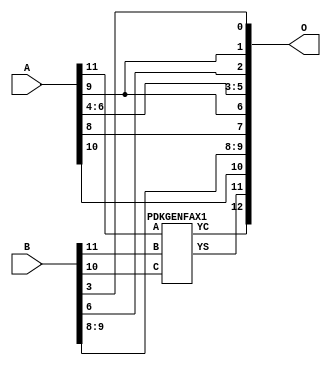
/***
* This code is a part of EvoApproxLib library (ehw.fit.vutbr.cz/approxlib) distributed under The MIT License.
* When used, please cite the following article(s): V. Mrazek, Z. Vasicek and R. Hrbacek, "Role of circuit representation in evolutionary design of energy-efficient approximate circuits" in IET Computers & Digital Techniques, vol. 12, no. 4, pp. 139-149, 7 2018. doi: 10.1049/iet-cdt.2017.0188 
* This file contains a circuit from a sub-set of pareto optimal circuits with respect to the pwr and mae parameters
***/
// MAE% = 6.25 %
// MAE = 512 
// WCE% = 12.50 %
// WCE = 1024 
// WCRE% = 100.00 %
// EP% = 100.00 %
// MRE% = 16.24 %
// MSE = 325756 
// PDK45_PWR = 0.0032 mW
// PDK45_AREA = 8.9 um2
// PDK45_DELAY = 0.12 ns

module add12u_1KC(A, B, O);
  input [11:0] A, B;
  output [12:0] O;
  wire n_415, n_414, n_36, n_42, n_37, n_23, n_22, n_21, n_20, n_27;
  wire n_26, n_25, n_24, n_29, n_28, n_39, n_38, n_8, n_9, n_4;
  wire n_5, n_6, n_7, n_0, n_1, n_2, n_3, n_30, n_31, n_32;
  wire n_33, n_34, n_35, n_18, n_19, n_16, n_17, n_14, n_15, n_12;
  wire n_13, n_10, n_11, n_45, n_44, n_43, n_47, n_46, n_41, n_40;
  assign n_0 = A[0];
  assign n_1 = A[0];
  assign n_2 = A[1];
  assign n_3 = A[1];
  assign n_4 = A[2];
  assign n_5 = A[2];
  assign n_6 = A[3];
  assign n_7 = A[3];
  assign n_8 = A[4];
  assign n_9 = A[4];
  assign n_10 = A[5];
  assign n_11 = A[5];
  assign n_12 = A[6];
  assign n_13 = A[6];
  assign n_14 = A[7];
  assign n_15 = A[7];
  assign n_16 = A[8];
  assign n_17 = A[8];
  assign n_18 = A[9];
  assign n_19 = A[9];
  assign n_20 = A[10];
  assign n_21 = A[10];
  assign n_22 = A[11];
  assign n_23 = A[11];
  assign n_24 = B[0];
  assign n_25 = B[0];
  assign n_26 = B[1];
  assign n_27 = B[1];
  assign n_28 = B[2];
  assign n_29 = B[2];
  assign n_30 = B[3];
  assign n_31 = B[3];
  assign n_32 = B[4];
  assign n_33 = B[4];
  assign n_34 = B[5];
  assign n_35 = B[5];
  assign n_36 = B[6];
  assign n_37 = B[6];
  assign n_38 = B[7];
  assign n_39 = B[7];
  assign n_40 = B[8];
  assign n_41 = B[8];
  assign n_42 = B[9];
  assign n_43 = B[9];
  assign n_44 = B[10];
  assign n_45 = B[10];
  assign n_46 = B[11];
  assign n_47 = B[11];
  PDKGENFAX1 tmp59(.YS(n_414), .YC(n_415), .A(n_22), .B(n_46), .C(n_44));
  assign O[0] = n_30;
  assign O[1] = n_18;
  assign O[2] = n_36;
  assign O[3] = n_8;
  assign O[4] = n_10;
  assign O[5] = n_12;
  assign O[6] = n_18;
  assign O[7] = n_16;
  assign O[8] = n_40;
  assign O[9] = n_42;
  assign O[10] = n_20;
  assign O[11] = n_414;
  assign O[12] = n_415;
endmodule

/* mod */
module PDKGENFAX1( input A, input B, input C, output YS, output YC );
    assign YS = (A ^ B) ^ C;
    assign YC = (A & B) | (B & C) | (A & C);
endmodule